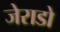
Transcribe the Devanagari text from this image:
जेराडो